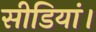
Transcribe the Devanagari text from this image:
सीडियां।